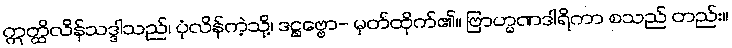
ဣတ္ထိလိန်သဒ္ဒါသည်၊ ပုံလိန်ကဲ့သို့၊ ဒဋ္ဌဗ္ဗော- မှတ်ထိုက်၏။ ဗြာဟ္မဏဒါရိကာ စသည် တည်း။